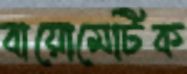
বায়োমেটিক